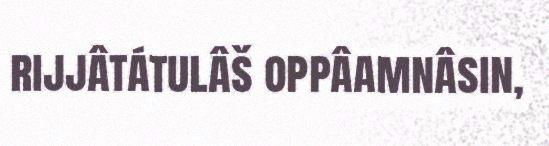
rijjâtátulâš oppâamnâsin,